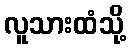
လူသားထံသို့